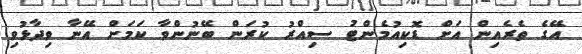
އޭގެ ތެރެއިން އަށް ޑޮކިއުމެންޓު ސިއްރު ކުރަން ބޭނުންވާ ކަމަށް އޭނާ ވިދާޅުވި